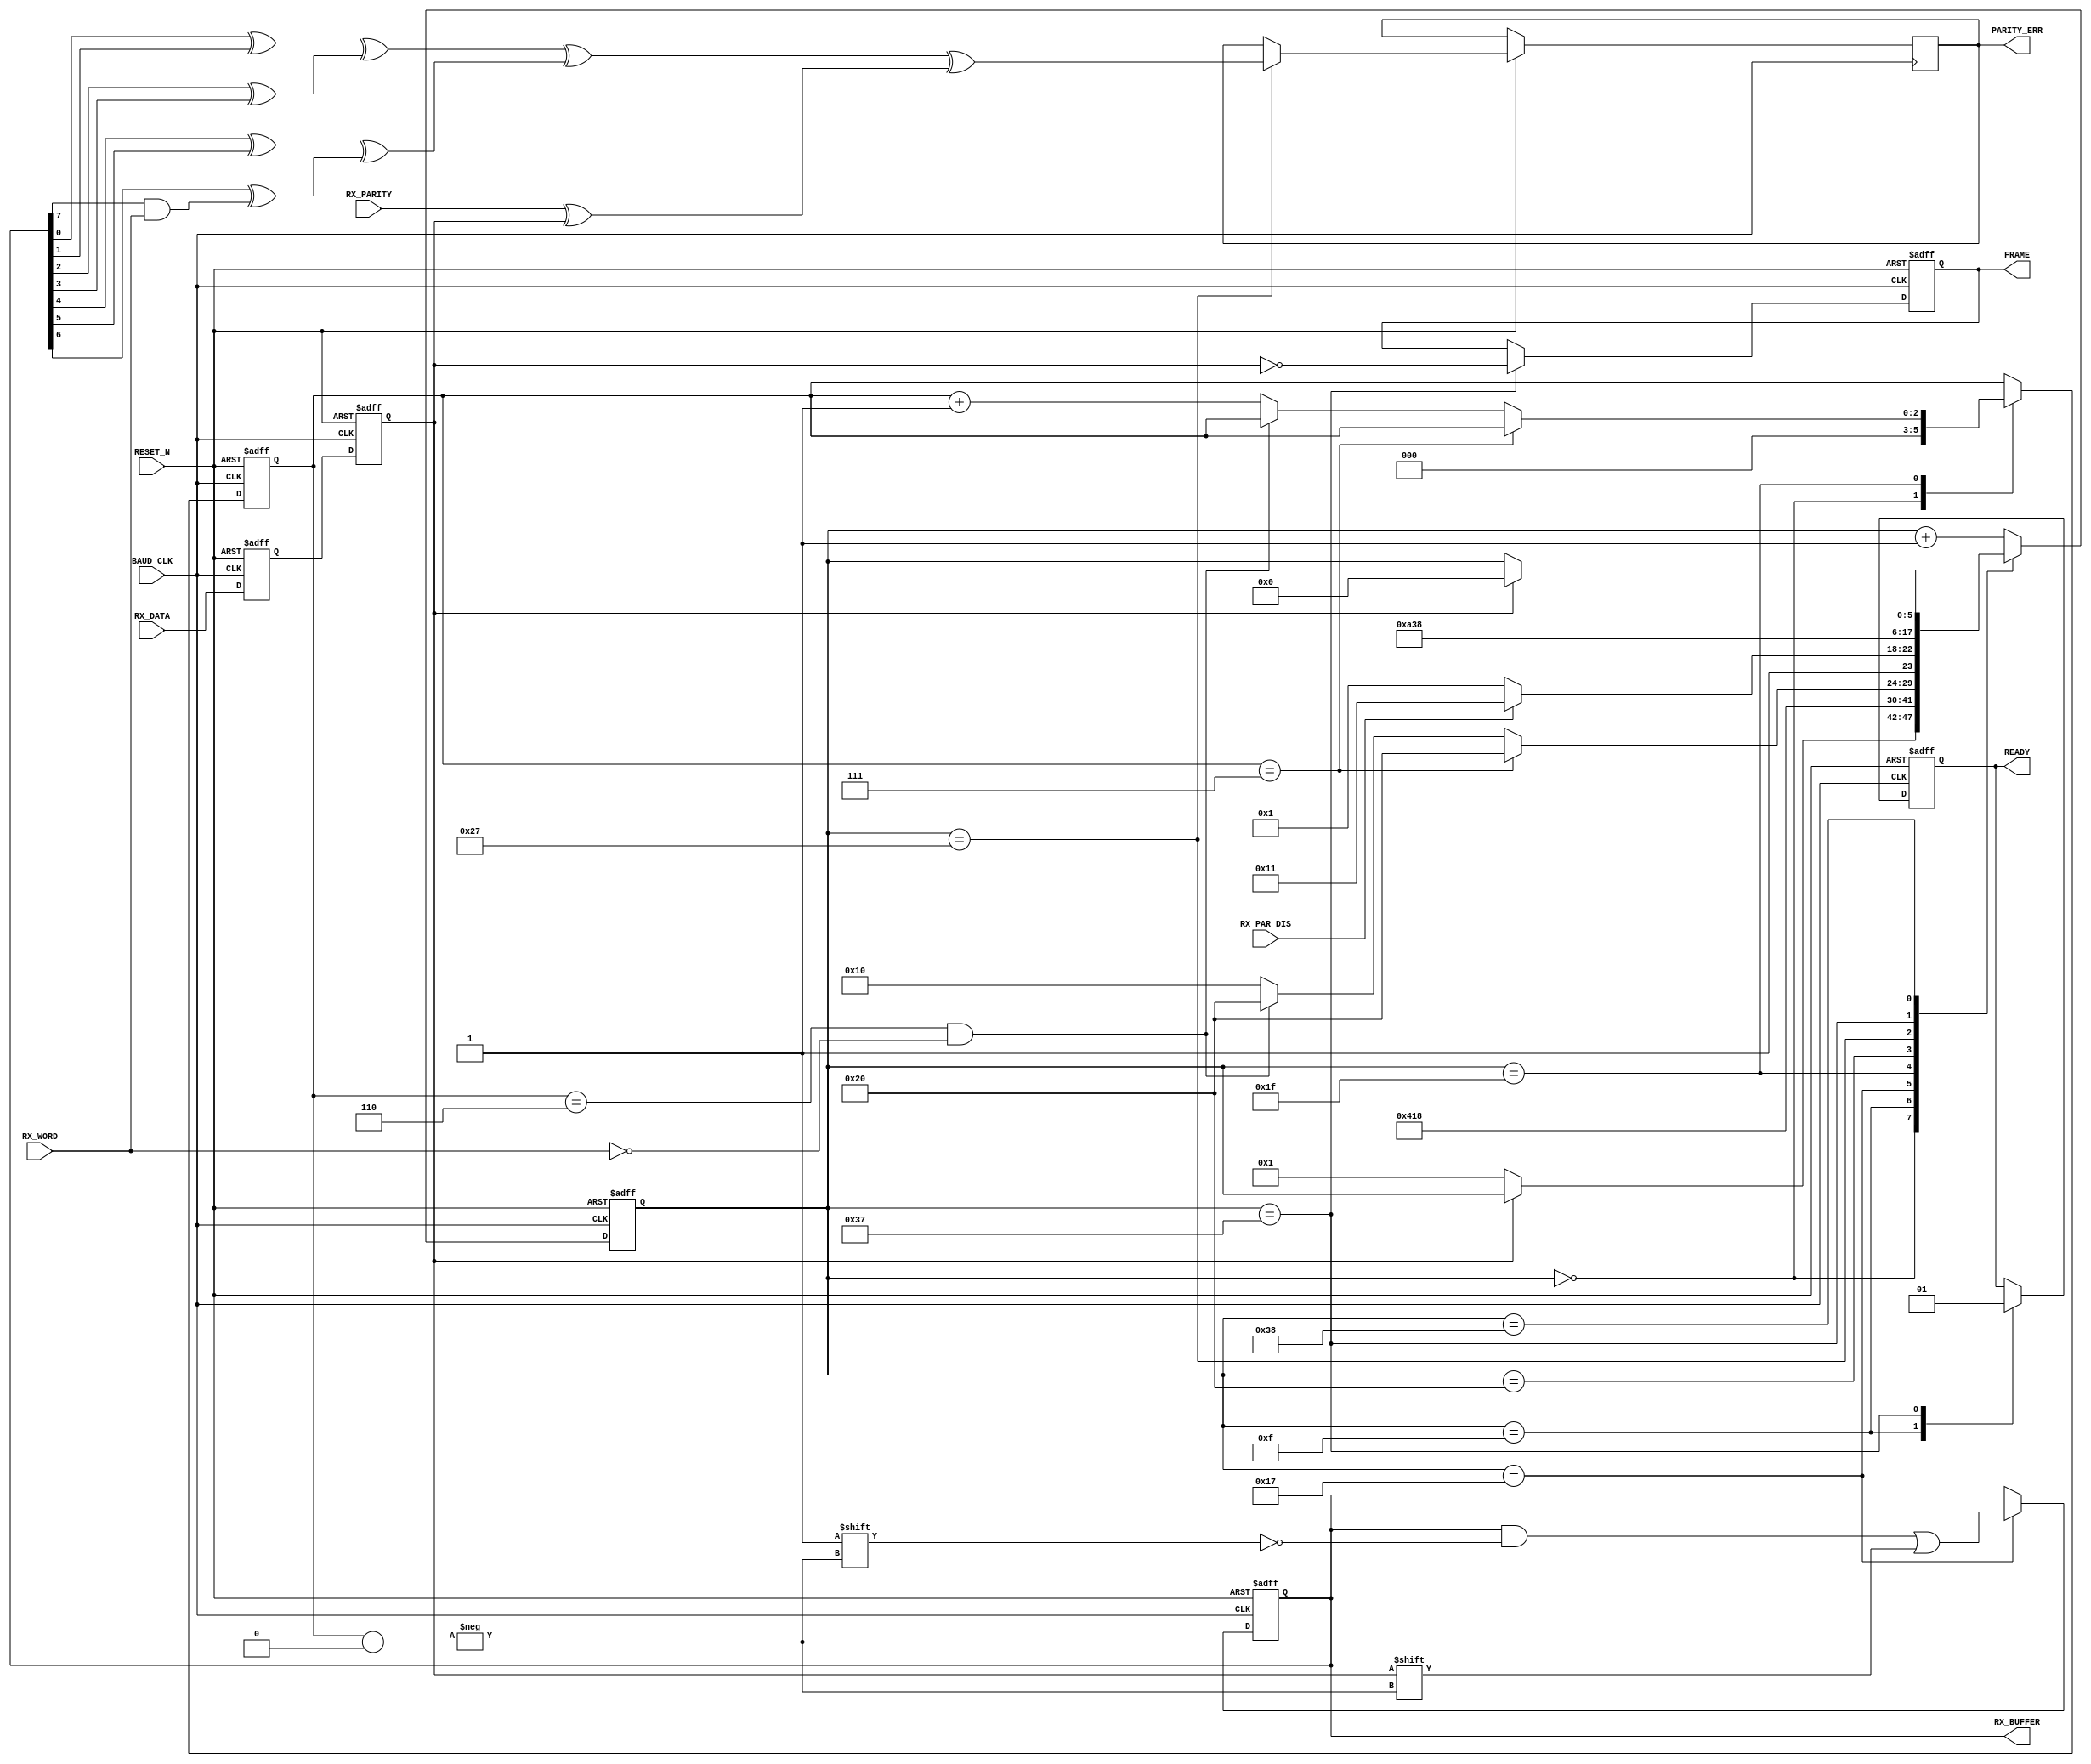
module UART_RX(
RESET_N,
BAUD_CLK,
RX_DATA,
RX_BUFFER,
//RX_READY,
RX_WORD,
RX_PAR_DIS,
RX_PARITY,
PARITY_ERR,
//OVERRUN,
FRAME,
READY
);

input					RESET_N;
input					BAUD_CLK;
input					RX_DATA;
output	[7:0]		RX_BUFFER;
reg		[7:0]		RX_BUFFER;
input					RX_WORD;
input					RX_PAR_DIS;
input					RX_PARITY;
output				PARITY_ERR;
reg					PARITY_ERR;
output				FRAME;
reg					FRAME;
output				READY;
reg					READY;
reg		[5:0]		STATE;
reg		[2:0]		BIT;

reg					RX_DATA0;
reg					RX_DATA1;

always @ (posedge BAUD_CLK or negedge RESET_N)
begin
	if(!RESET_N)
	begin
		RX_BUFFER <= 8'h00;
		STATE <= 6'b000000;
		FRAME <= 1'b0;
		BIT <= 3'b000;
		RX_DATA0 <= 1'b1;
		RX_DATA1 <= 1'b1;
		READY <= 1'b0;
	end
	else
	begin
		RX_DATA0 <= RX_DATA;
		RX_DATA1 <= RX_DATA0;
		case (STATE)
		6'b000000:
		begin
			BIT <= 3'b000;
			if(~RX_DATA1)
				STATE <= 6'b000001;
		end
		6'b001111:								// End of start bit, flag data not ready
		begin										// If data is not retrieved before this, then overrun
			READY <= 1'b0;
			STATE <= 6'b010000;
		end
		6'b010111:								// Middle of data bits
		begin
			RX_BUFFER[BIT] <= RX_DATA1;
			STATE <= 6'b011000;
		end
		6'b011111:								// End of data bit
		begin
			if(BIT == 3'b111)
				STATE <= 6'b100000;
			else
			begin
				if((BIT == 3'b110) && !RX_WORD)
					STATE <= 6'b100000;
				else
				begin
					BIT <= BIT + 1'b1;
					STATE <= 6'b010000;
				end
			end
		end
		6'b100000:							// Start of parity bit, if enabled
		begin
			if(RX_PAR_DIS)
				STATE <= 6'b110001;		// get stop
			else
				STATE <= 6'b100001;		// get parity
		end
		6'b100111:							//39 middle of parity bit
		begin
			PARITY_ERR <=((((RX_BUFFER[0] ^ RX_BUFFER[1])
							 ^  (RX_BUFFER[2] ^ RX_BUFFER[3]))
							 ^ ((RX_BUFFER[4] ^ RX_BUFFER[5])
							 ^  (RX_BUFFER[6] ^ (RX_BUFFER[7] & RX_WORD))))	// clear bit #8 if only 7 bits
							 ^  (RX_PARITY ^ RX_DATA1));
			STATE <= 6'b101000;
		end
		6'b110111:							//55 middle of stop bit
		begin
			READY <= 1'b1;					// This is the last info we need, so signal ready
			FRAME <= !RX_DATA1;			// if data != 1 then not stop bit
			STATE <= 6'b111000;
		end
// In case of a framing error, wait until data is 1 then start over
		6'b111000:
		begin
			if(RX_DATA1)						// wait until data = 1
				STATE <= 6'b000000;
		end
		default: STATE <= STATE + 1'b1;
		endcase
	end
end

endmodule